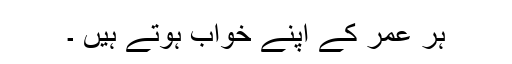
ہر عمر کے اپنے خواب ہوتے ہیں ۔